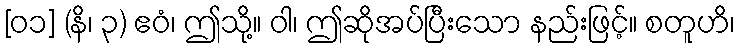
[၀၁] (နိ၊ ၃) ဧဝံ၊ ဤသို့။ ဝါ၊ ဤဆိုအပ်ပြီးသော နည်းဖြင့်။ စတူဟိ၊